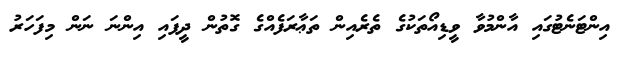
އިންޓަނެޓުގައި އާންމުވާ ވީޑިއޯތަކުގެ ތެރެއިން ތަޢާރަފެއްގެ ގޮތުން ދީފައި އިންނަ ނަން މިފަހަރު